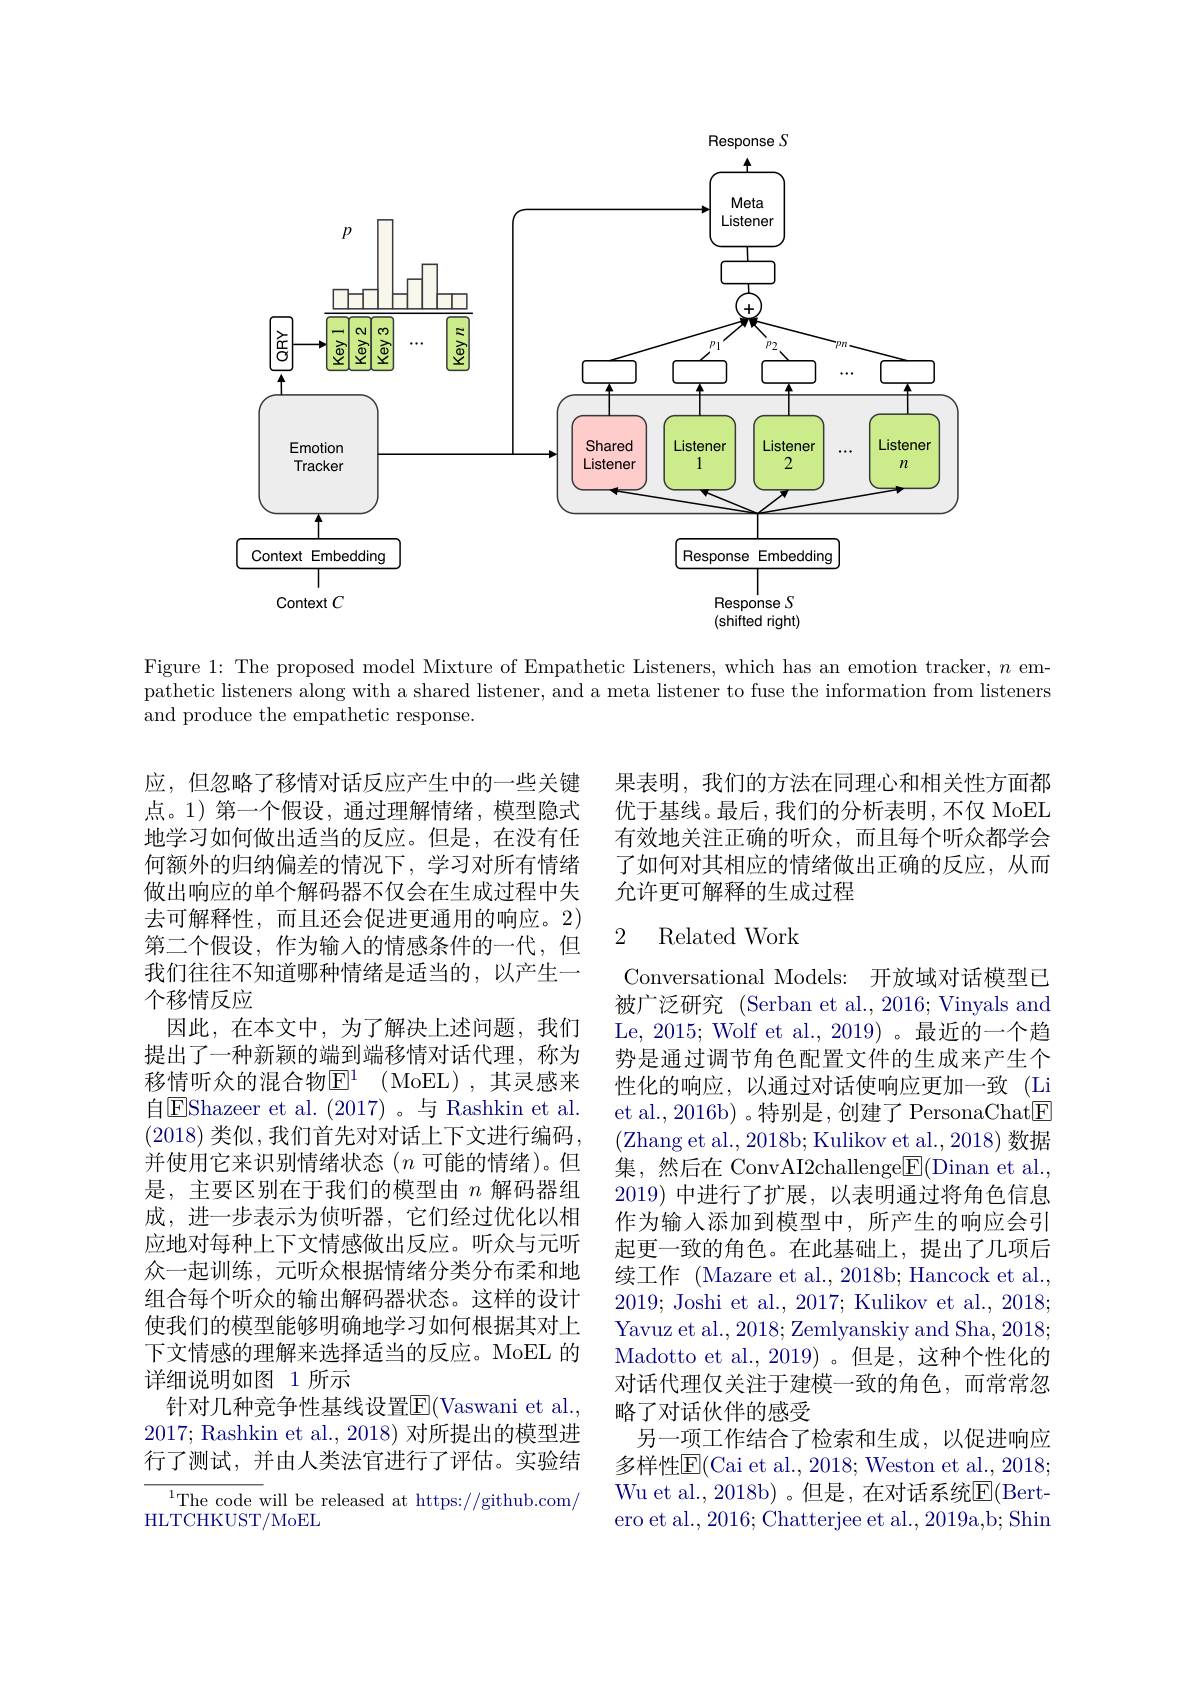
<FigureHere>

Figure 1: The proposed model Mixture of Empathetic Listeners, which has an emotion tracker, $n$ empathetic listeners along with a shared listener, and a meta listener to fuse the information from listeners and produce the empathetic response.

果表明，我们的方法在同理心和相关性方面都优于基线。最后，我们的分析表明，不仅 MoEL 有效地关注正确的听众，而且每个听众都学会了如何对其相应的情绪做出正确的反应，从而允许更可解释的生成过程

### 2 Related Work

应，但忽略了移情对话反应产生中的一些关键点。1)第一个假设，通过理解情绪，模型隐式地学习如何做出适当的反应。但是，在没有任何额外的归纳偏差的情况下，学习对所有情绪做出响应的单个解码器不仅会在生成过程中失去可解释性，而且还会促进更通用的响应。2) 第二个假设，作为输入的情感条件的一代，但我们往往不知道哪种情绪是适当的，以产生一个移情反应
因此，在本文中，为了解决上述问题，我们提出了一种新颖的端到端移情对话代理，称为移情听众的混合物$\mathbb{E} ^1$ (MoEL),其灵感来自$\boxed{\mathrm{E}}$Shazeer et al.(2017)。与 Rashkin et al. (2018)类似，我们首先对对话上下文进行编码， 并使用它来识别情绪状态$(n$可能的情绪)。但是，主要区别在于我们的模型由$n$解码器组成，进一步表示为侦听器，它们经过优化以相应地对每种上下文情感做出反应。听众与元听众一起训练，元听众根据情绪分类分布柔和地组合每个听众的输出解码器状态。这样的设计使我们的模型能够明确地学习如何根据其对上下文情感的理解来选择适当的反应。MoEL 的详细说明如图 1 所示
针对几种竞争性基线设置$\overline{\mathbb{E}}($Vaswani et al. 2017; Rashkin et al., 2018) 对所提出的模型进行了测试，并由人类法官进行了评估。实验结
$^{1}$The code will be released at https://github.com/
HLTCHKUST/MoEL

Conversational Models: 开放域对话模型已被广泛研究 (Serban et al., 2016; Vinyals and Le, 2015; Wolf et al., 2019)。最近的一个趋势是通过调节角色配置文件的生成来产生个性化的响应，以通过对话使响应更加一致 (Li et al., 2016b) 。特别是，创建了 PersonaChat$\boxed{\mathrm{F}}$ (Zhang et al., 2018b; Kulikov et al., 2018) 数据集，然后在 ConvAI2challenge$\boxed{\mathrm{E}}($Dinan et al., 2019) 中进行了扩展，以表明通过将角色信息作为输入添加到模型中，所产生的响应会引起更一致的角色。在此基础上，提出了几项后续工作 (Mazare et al., 2018b; Hancock et al., 2019; Joshi et al., 2017; Kulikov et al., 2018; Yavuz et al., 2018; Zemlyanskiy and Sha, 2018; Madotto et al.,2019)。但是，这种个性化的对话代理仅关注于建模一致的角色，而常常忽略了对话伙伴的感受
另一项工作结合了检索和生成，以促进响应多样性E(Cai et al., 2018; Weston et al., 2018; Wu et al., 2018b) 。但是，在对话系统$\overline{\mathrm{E}}($Bertero et al., 2016; Chatterjee et al., 2019a,b; Shin